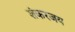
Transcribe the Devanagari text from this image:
शंकरजय